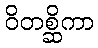
ဝိတစ္ဆိကာ